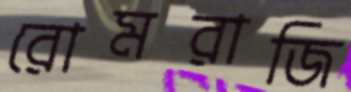
রোমরাজি